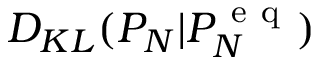
D _ { K L } ( P _ { N } | P _ { N } ^ { \mathrm { ~ e ~ q ~ } } )